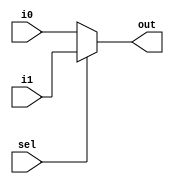
/*******************************************************************
*
* Module: mux.v
* Project: Pipelined RISC-V Processor
* Description: two input multiplexer.
*
**********************************************************************/

`timescale 1ns / 1ps


module mux # (parameter  N= 32)(
input [N-1:0] i0,
input [N-1:0] i1,
input sel,
output [N-1:0] out
);
    assign out = sel ? i1:i0 ;
endmodule